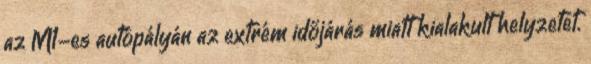
az M1-es autópályán az extrém időjárás miatt kialakult helyzetet.